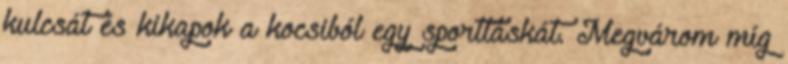
kulcsát és kikapok a kocsiból egy sporttáskát. Megvárom míg